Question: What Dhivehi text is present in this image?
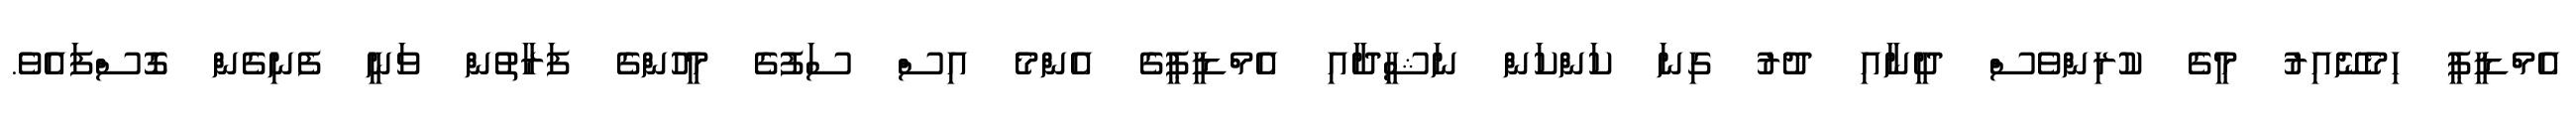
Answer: އެމްޑީޕީ ހިމެނޭއިރު މީގެ ކުރިންވެސް ދީނާއި ދުރު ގިނަ ކަންކަން ނަޝީދާއި އެމްޑީޕީގެ އެންމެ އިސް ސަފުގެ މީހުންގެ ފަރާތުން ވަނީ ފެނިގެން ގޮސްފައެވެ.